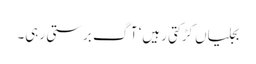
بجلیاں کڑکتی رہیں‘ آگ برستی رہی۔